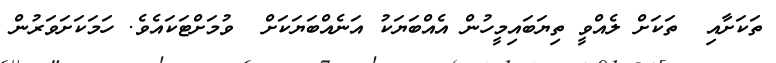
ތަކަށާއި  ތަކަށް ލެއްވީ ތިޔަބައިމީހުން އެއްބަޔަކު އަނެއްބަޔަކަށް  ވުމަށްޓަކައެވެ. ހަމަކަށަވަރުން